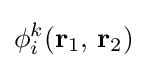
\phi _{i}^{k}(\mathbf {r} _{1},\,\mathbf {r} _{2})